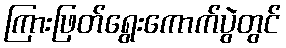
ကြားဖြတ်ရွေးကောက်ပွဲတွင်